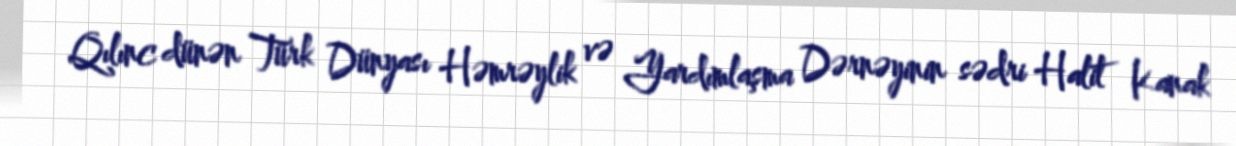
Qılınc dünən Türk Dünyası Həmrəylik və Yardımlaşma Dərnəyinin sədri Halit Kanak